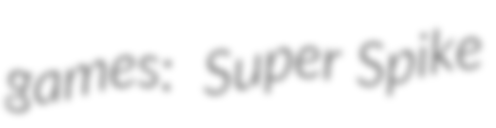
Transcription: games:  Super Spike